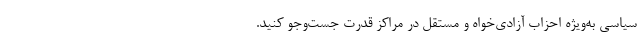
سیاسی به‌ویژه احزاب آزادی‌خواه و مستقل در مراکز قدرت جست‌و‌جو کنید.